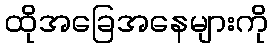
ထိုအခြေအနေများကို